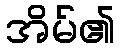
အိမ်၏